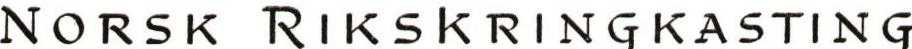
NORSK RIKSKRINGKASTING